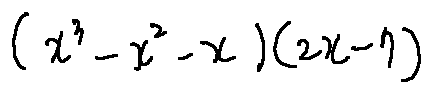
( x ^ { 3 } - x ^ { 2 } - x ) ( 2 x - 7 )